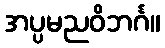
အပ္ပမညဝိဘင်္ဂ။